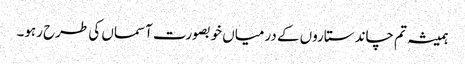
ہمیشہ تم چاند ستاروں کے درمیاں خوبصورت آسماں کی طرح رہو۔